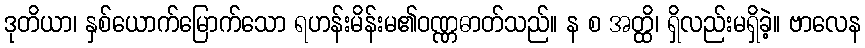
ဒုတိယာ၊ နှစ်ယောက်မြောက်သော ရဟန်းမိန်းမ၏ဝဏ္ဏဓာတ်သည်။ န စ အတ္ထိ၊ ရှိလည်းမရှိခဲ့။ ဗာလေန